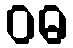
ဝဓ